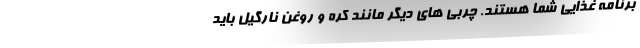
برنامه غذایی شما هستند. چربی های دیگر مانند کره و روغن نارگیل باید